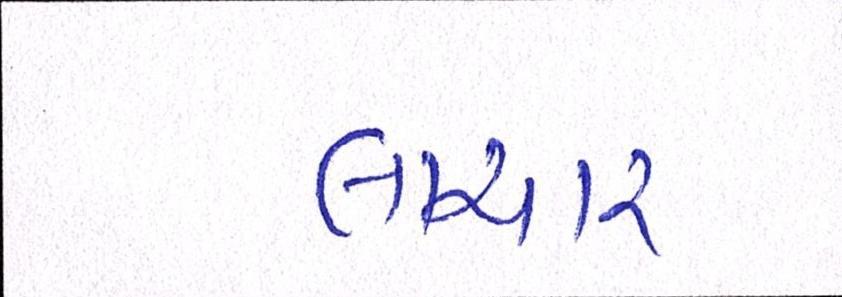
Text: લાચાર